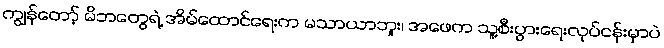
ကျွန်တော့် မိဘတွေရဲ့ အိမ်ထောင်ရေးက မသာယာဘူး၊ အဖေက သူ့စီးပွားရေးလုပ်ငန်းမှာပဲ